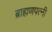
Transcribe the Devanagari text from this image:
ब्राह्मणपत्नी